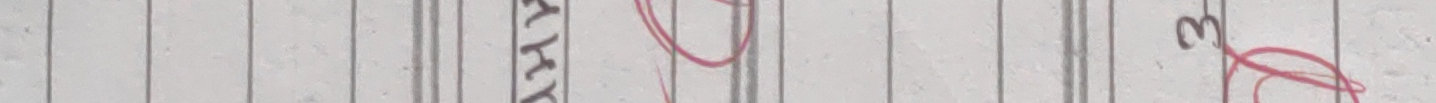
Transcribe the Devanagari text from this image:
काय्यै